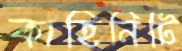
কাহিনিটি